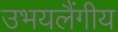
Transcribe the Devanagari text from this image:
उभयलैंगीय